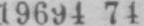
19694 74